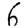
Digit: 6